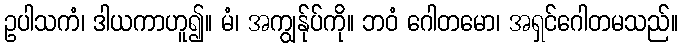
ဥပါသကံ၊ ဒါယကာဟူ၍။ မံ၊ အကျွန်ုပ်ကို။ ဘဝံ ဂေါတမော၊ အရှင်ဂေါတမသည်။